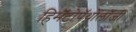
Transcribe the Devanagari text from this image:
हिमॅटोपॅथोलॉजी